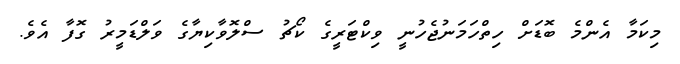
މިކަމާ އެންމެ ބޮޑަށް ހިތްހަމަނުޖެހުނީ ވިކްޓަރީގެ ކޯޗު ސްލޮވާކިޔާގެ ވަލްޑަމީރު ގޮފާ އެވެ.